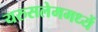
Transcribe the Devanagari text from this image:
यरुसलेममध्यें